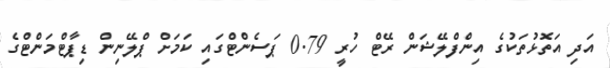
އަދި އަތޮޅުތަކުގެ އިންފްލޭޝަން ރޭޓް ހުރީ 0.79 ޕަސެންޓްގައި ކަމަށް ޕްލޭނިން ޑިޕާޓްމަންޓްގެ